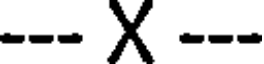
--- X ---